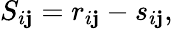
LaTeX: S_{i\mathbf{j}}=r_{i\mathbf{j}}-s_{i\mathbf{j}},